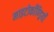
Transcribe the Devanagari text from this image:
माइटोकाँण्ड्रियाँ